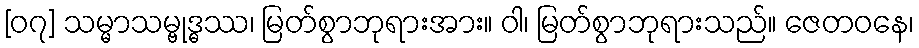
[၀၇] သမ္မာသမ္ဗုဒ္ဓဿ၊ မြတ်စွာဘုရားအား။ ဝါ၊ မြတ်စွာဘုရားသည်။ ဇေတဝနေ၊